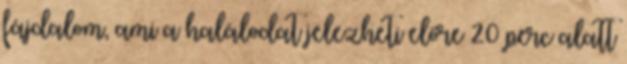
fájdalom, ami a halálodat jelezheti előre 20 perc alatt